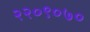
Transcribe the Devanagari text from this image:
२२०९०७०